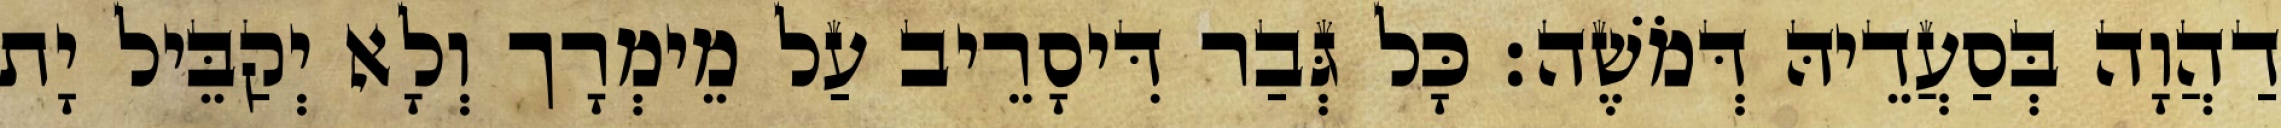
דַהֲוָה בְּסַעֲדֵיהּ דְּמֹשֶׁה׃ כָּל גְּבַר דִּיסָרֵיב עַל מֵימְרָך וְלָא יְקַבֵּיל יָת